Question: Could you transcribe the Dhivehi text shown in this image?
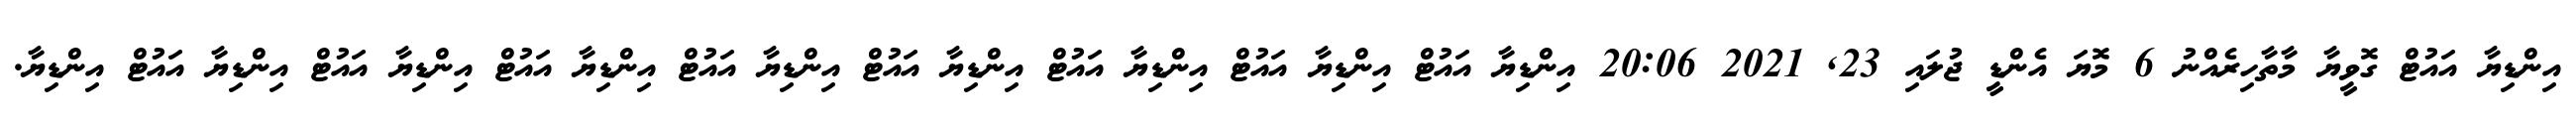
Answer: އިންޑިޔާ އައުޓް ގޮވީޔާ މާތާހިރެއްނު 6 މޮޔަ އެންޑީ ޖުލައި 23, 2021 20:06 އިންޑިޔާ އައުޓް އިންޑިޔާ އައުޓް އިންޑިޔާ އައުޓް އިންޑިޔާ އައުޓް އިންޑިޔާ އައުޓް އިންޑިޔާ އައުޓް އިންޑިޔާ އައުޓް އިންޑިޔާ އައުޓް އިންޑިޔާ.